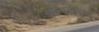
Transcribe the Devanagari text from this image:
परिस्थितीवरच